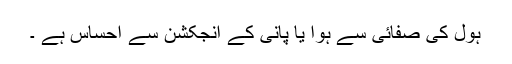
ہول کی صفائی سے ہوا یا پانی کے انجکشن سے احساس ہے ۔